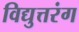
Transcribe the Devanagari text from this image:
विद्युत्तरंग